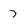
Character: 7